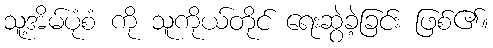
သူ့အိမ်ပုံစံ ကို သူကိုယ်တိုင် ရေးဆွဲခဲ့ခြင်း ဖြစ်၏။